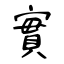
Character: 實